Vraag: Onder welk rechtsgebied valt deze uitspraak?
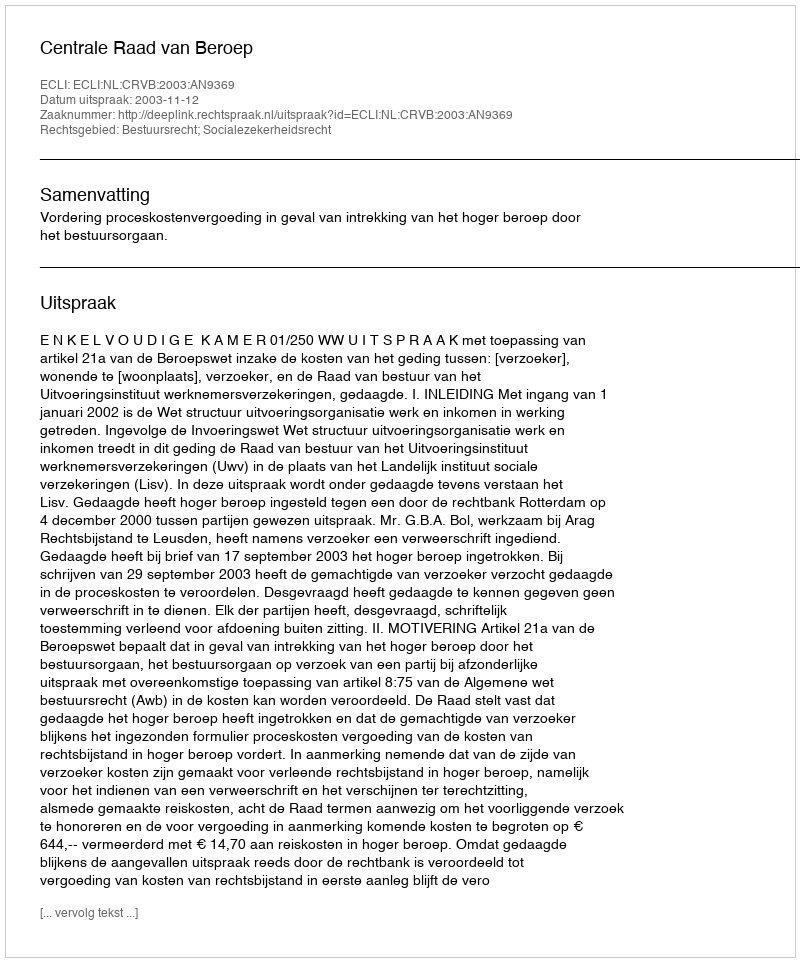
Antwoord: Bestuursrecht; Socialezekerheidsrecht